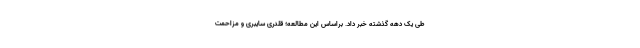
طی یک دهه گذشته خبر داد. براساس این مطالعه؛ قلدری سایبری و مزاحمت